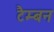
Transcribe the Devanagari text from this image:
टैम्बन